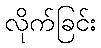
လိုက်ခြင်း